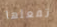
تفعلها